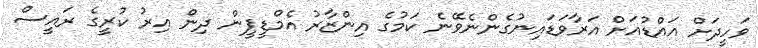
ވަހީދަށް އައްޑުއަށް އަރާވަޑައިނުގެންނެވޭނެ ކަމުގެ އިންޒާރު އެމްޑީޕީން ދިން އިރު ކުރީގެ ރައީސް